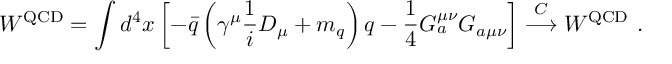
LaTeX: W ^ { \mathrm { Q C D } } = \int d ^ { 4 } x \left[ - \bar { q } \left( \gamma ^ { \mu } \frac { 1 } { i } D _ { \mu } + m _ { q } \right) q - \frac { 1 } { 4 } G _ { a } ^ { \mu \nu } G _ { a \mu \nu } \right] \stackrel { C } { \longrightarrow } W ^ { \mathrm { Q C D } } ~ .